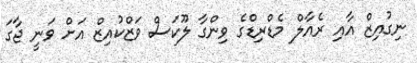
ނިގުއިޒް އާއި ރެއާލް މެޑްރިޑްގެ ވިންގާ ލޫކަސް ވަޒްކުއިޒް އަށް ވަނީ ޖާގަ